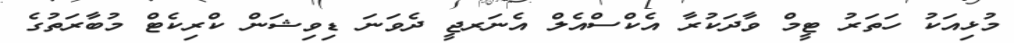
މުޅިއަކު ހަތަރު ޓީމް ވާދަކުރާ އެކްސްއެލް އެނަރޖީ ދެވަނަ ޑިވިޝަން ކްރިކެޓް މުބާރަތުގެ